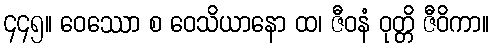
၄၄၅။ ဝေဿော စ ဝေသိယာနော ထ၊ ဇီဝနံ ဝုတ္တိ ဇီဝိကာ။